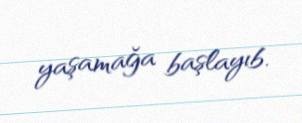
yaşamağa başlayıb.